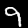
Digit: 9